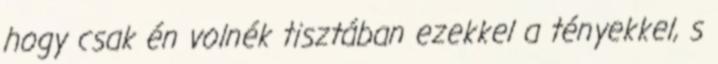
hogy csak én volnék tisztában ezekkel a tényekkel, s